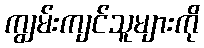
ကျွမ်းကျင်သူများကို